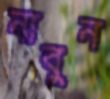
নাবুন